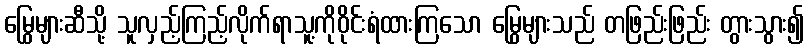
မြွေများဆီသို့ သူလှည့်ကြည့်လိုက်ရာသူ့ကိုဝိုင်းရံထားကြသော မြွေများသည် တဖြည်းဖြည်း တွားသွား၍